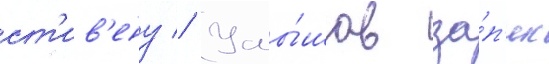
ст'ив'ену // Услы́шав за́п'ись